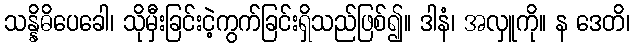
သန္နိဓိပေခေါ၊ သိုမှီးခြင်းငဲ့ကွက်ခြင်းရှိသည်ဖြစ်၍။ ဒါနံ၊ အလှူကို။ န ဒေတိ၊